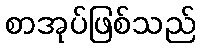
စာအုပ်ဖြစ်သည်